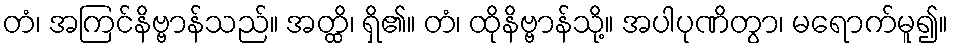
တံ၊ အကြင်နိဗ္ဗာန်သည်။ အတ္ထိ၊ ရှိ၏။ တံ၊ ထိုနိဗ္ဗာန်သို့။ အပါပုဏိတွာ၊ မရောက်မူ၍။